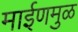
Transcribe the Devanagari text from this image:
माईणमुळ